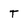
Character: t